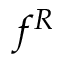
f ^ { R }